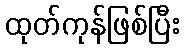
ထုတ်ကုန်ဖြစ်ပြီး